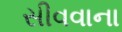
સીવવાના